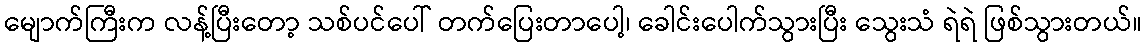
မျောက်ကြီးက လန့်ပြီးတော့ သစ်ပင်ပေါ် တက်ပြေးတာပေါ့၊ ခေါင်းပေါက်သွားပြီး သွေးသံ ရဲရဲ ဖြစ်သွားတယ်။